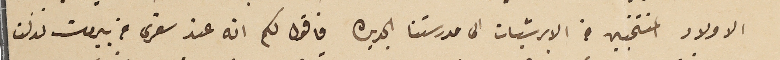
الاولاد المنتخبين من الابرشيات الى مدرستنا الجديره فاقول لكم انه عند سفرى من بيروت نزلت